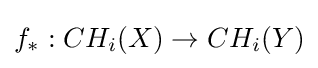
f_{*}:CH_{i}(X)\to CH_{i}(Y)